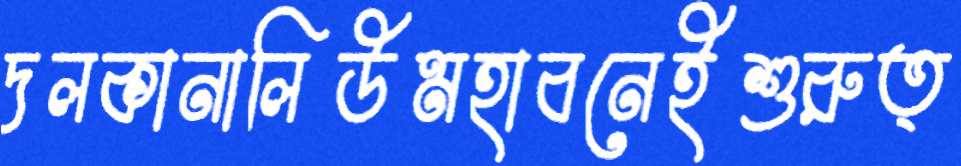
দলকানালিউমহাবনেইশুরুত্